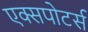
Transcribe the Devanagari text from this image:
एक्सपोटर्स